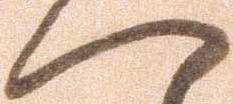
へ